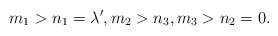
\begin{align*}m_1>n_1=\lambda',m_2>n_3, m_3>n_2=0. \end{align*}